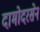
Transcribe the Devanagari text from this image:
दामोदरसेन